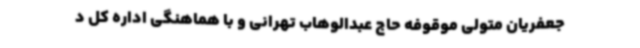
جعفریان متولی موقوفه حاج عبدالوهاب تهرانی و با هماهنگی اداره کل د